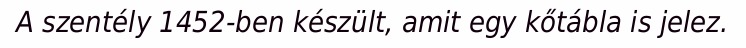
A szentély 1452-ben készült, amit egy kőtábla is jelez.